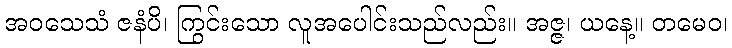
အဝသေသံ ဇနံပိ၊ ကြွင်းသော လူအပေါင်းသည်လည်း။ အဇ္ဇ၊ ယနေ့။ တမေဝ၊